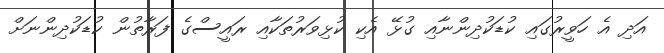
އަދި އެ ހަވީރުގައި ކުޑަކުދިންނާއި ގުޅޭ އެކި ކުޅިވަރުތަކާއި ރައީސްގެ ފަރާތުން ކުޑަކުދިންނަށް